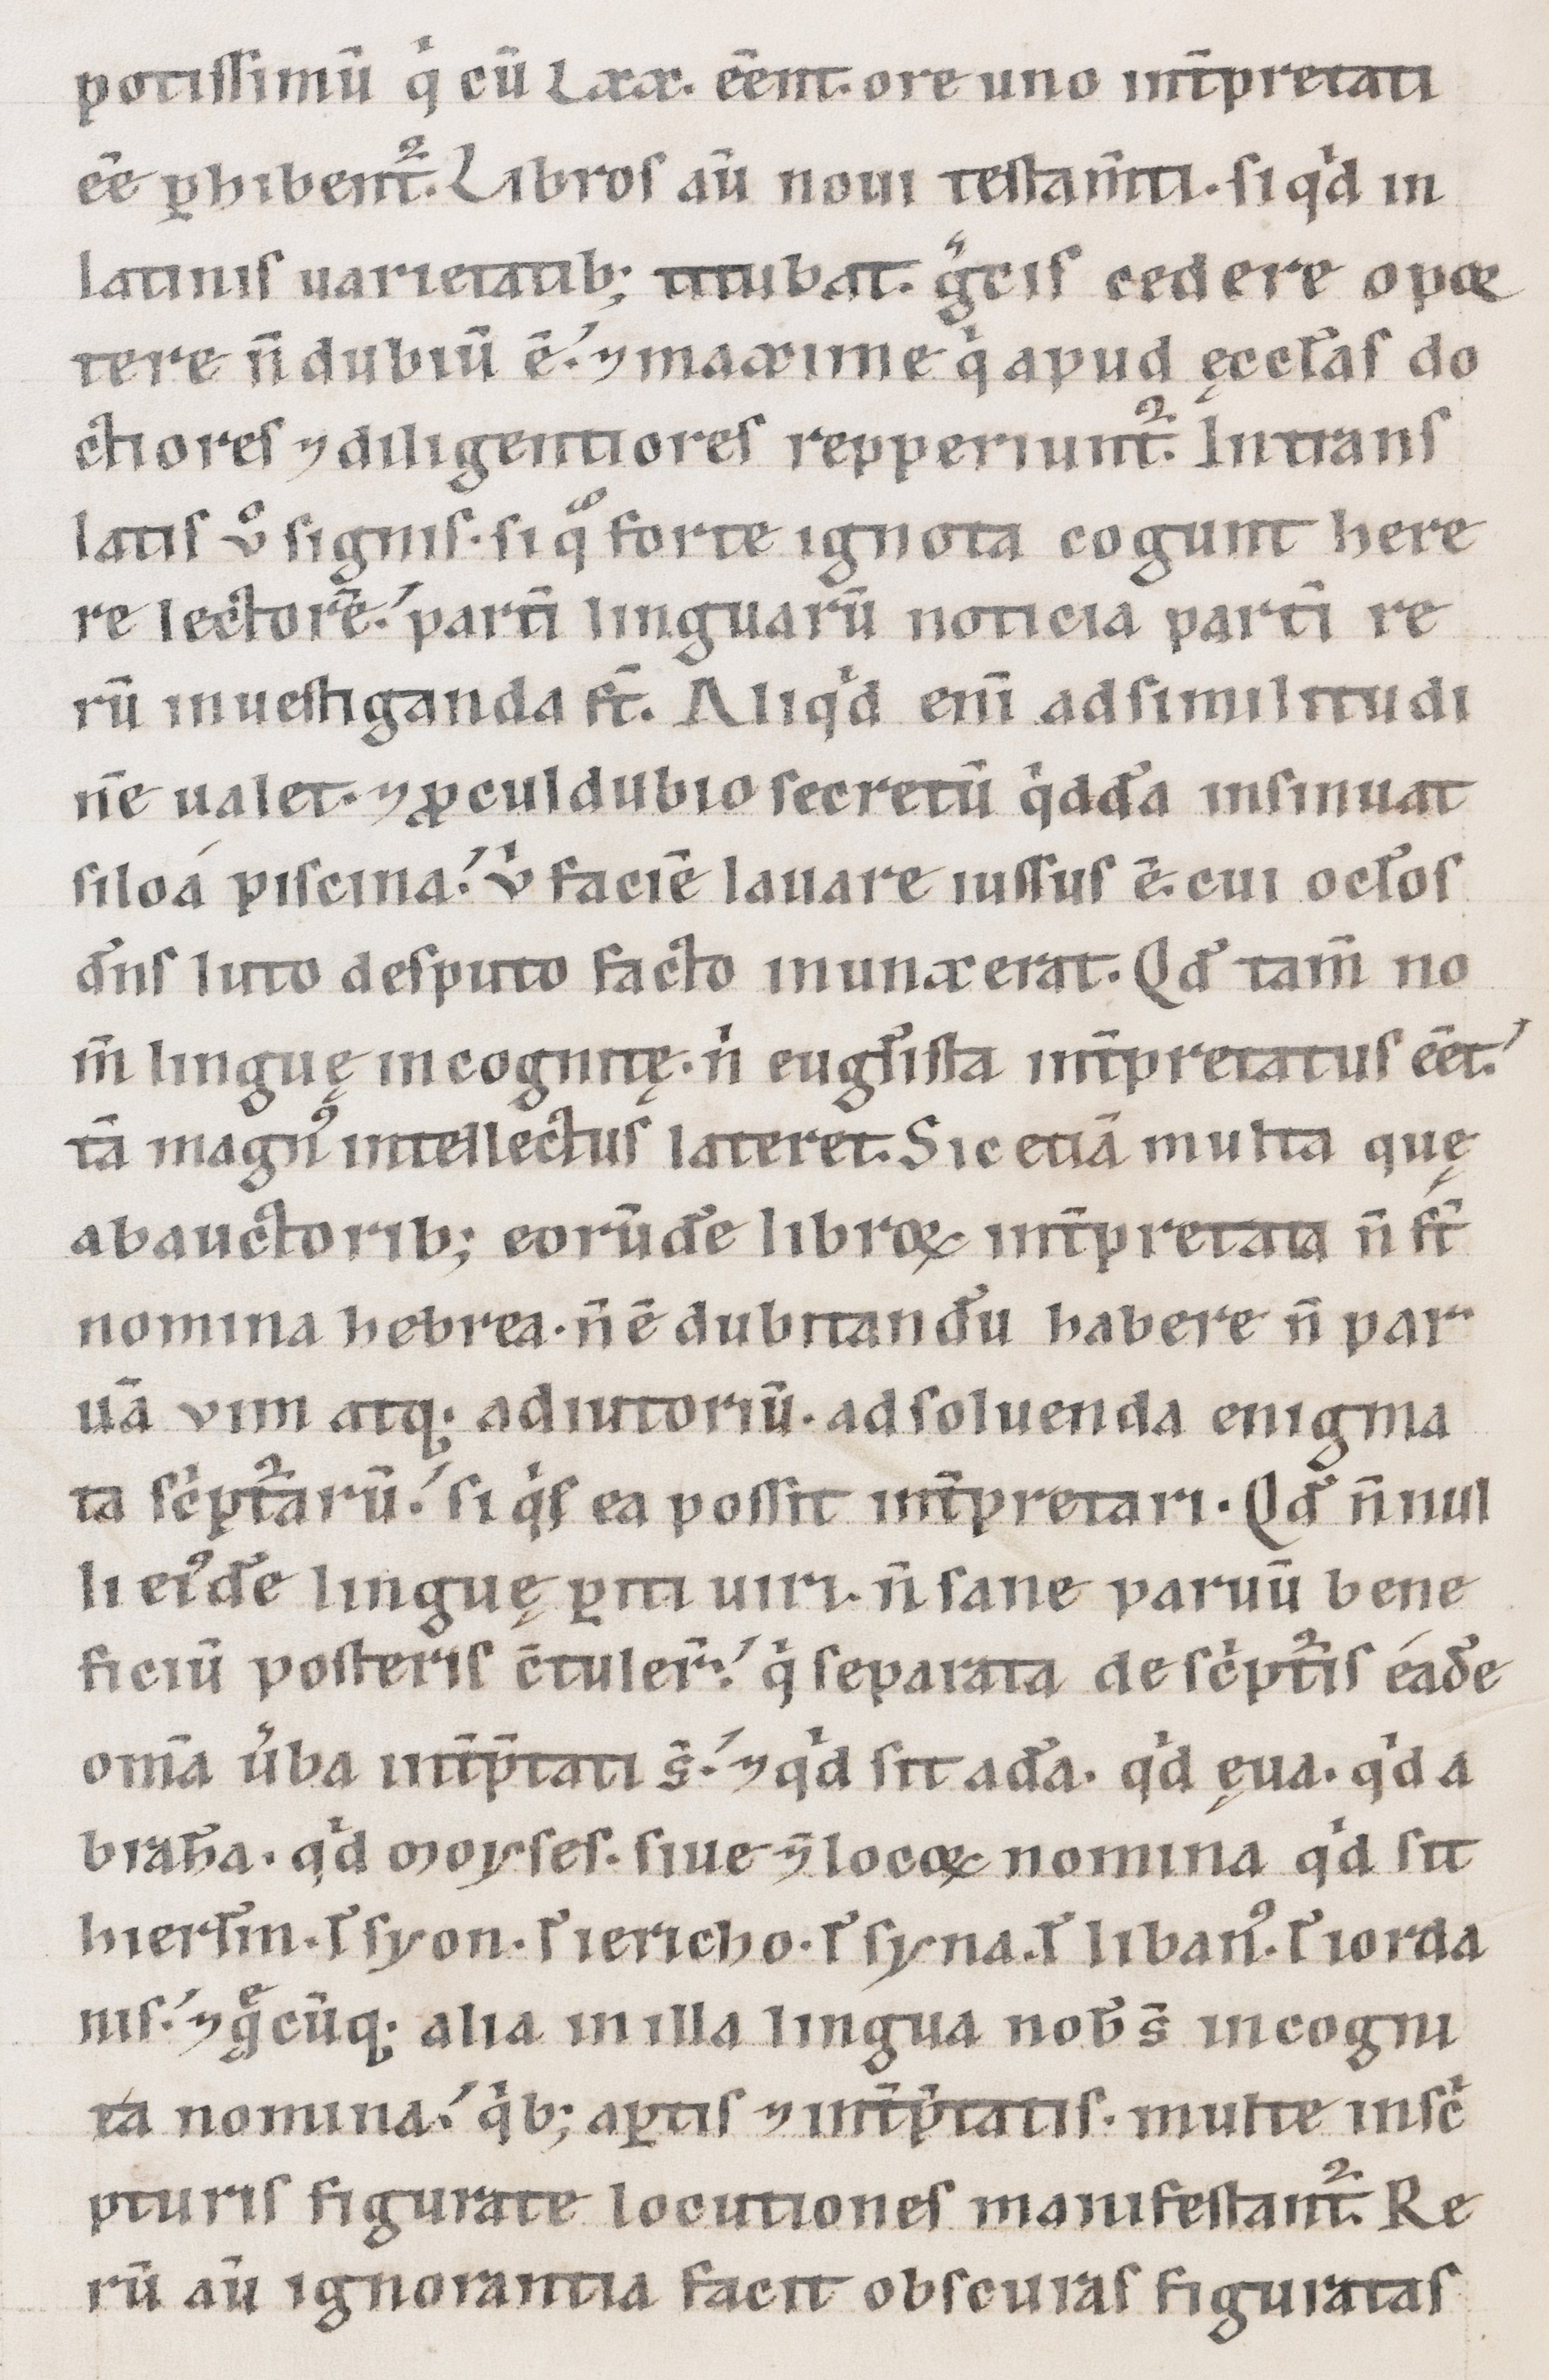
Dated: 1100–1199